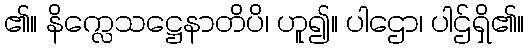
၏။ နိက္လေသဋ္ဌေနာတိပိ၊ ဟူ၍။ ပါဌော၊ ပါဌ်ရှိ၏။